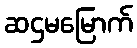
ဆဌမမြောက်